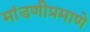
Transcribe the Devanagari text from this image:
मांडणीप्रमाणे